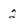
Character: 2